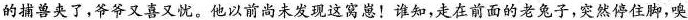
的捕兽夹了，爷爷又喜又忧。他以前尚未发现这窝崽！谁知，走在前面的老兔子，突然停住脚，嗅